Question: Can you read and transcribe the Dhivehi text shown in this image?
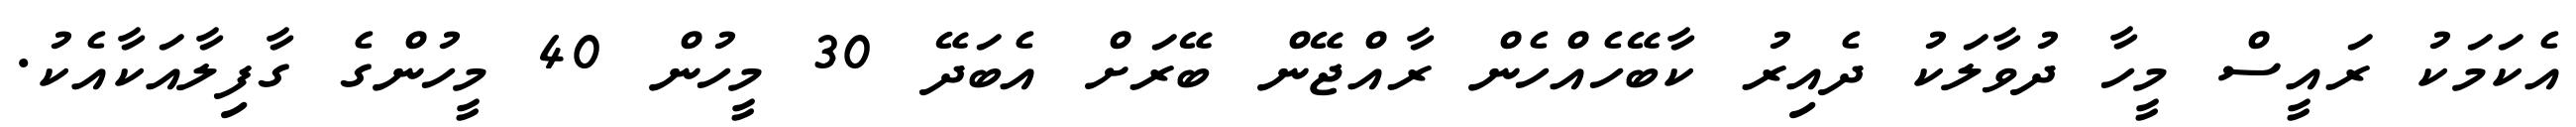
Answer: އެކަމަކު ރައީސް މީހާ ދުވާލަކު ދެއިރު ކާބޭހެއްހެން ރާއްޖޭން ބޭރަށް އެބަދޭ 30 މީހުން 40 މީހުންގެ ގާފިލާއަކާއެކު.